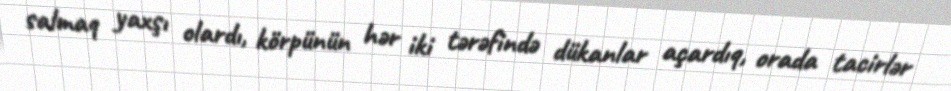
salmaq yaxşı olardı, körpünün hər iki tərəfində dükanlar açardıq, orada tacirlər